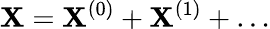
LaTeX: \mathbf{X}=\mathbf{X}^{(0)}+\mathbf{X}^{(1)}+\ldots